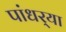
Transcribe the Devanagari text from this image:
पांधर्‍या